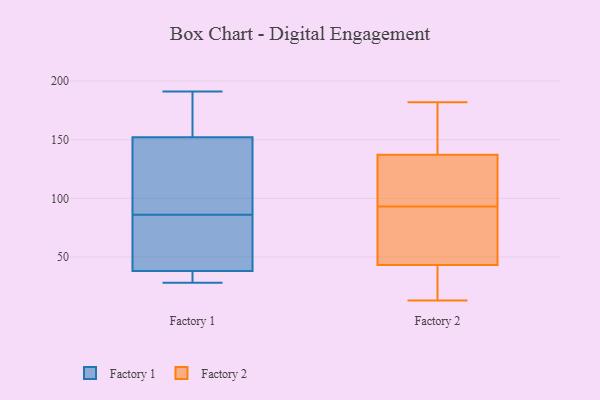
{"axis": {"x": "Website Visitors", "y": "Value"}, "legend": ["Factory 1", "Factory 2"], "data": [{"x": "", "y": 38, "type": "Factory 1"}, {"x": "", "y": 59, "type": "Factory 1"}, {"x": "", "y": 84, "type": "Factory 1"}, {"x": "", "y": 88, "type": "Factory 1"}, {"x": "", "y": 174, "type": "Factory 1"}, {"x": "", "y": 82, "type": "Factory 1"}, {"x": "", "y": 188, "type": "Factory 1"}, {"x": "", "y": 37, "type": "Factory 1"}, {"x": "", "y": 37, "type": "Factory 1"}, {"x": "", "y": 121, "type": "Factory 1"}, {"x": "", "y": 150, "type": "Factory 1"}, {"x": "", "y": 191, "type": "Factory 1"}, {"x": "", "y": 28, "type": "Factory 1"}, {"x": "", "y": 152, "type": "Factory 1"}, {"x": "", "y": 93, "type": "Factory 2"}, {"x": "", "y": 179, "type": "Factory 2"}, {"x": "", "y": 182, "type": "Factory 2"}, {"x": "", "y": 60, "type": "Factory 2"}, {"x": "", "y": 65, "type": "Factory 2"}, {"x": "", "y": 165, "type": "Factory 2"}, {"x": "", "y": 126, "type": "Factory 2"}, {"x": "", "y": 17, "type": "Factory 2"}, {"x": "", "y": 141, "type": "Factory 2"}, {"x": "", "y": 104, "type": "Factory 2"}, {"x": "", "y": 39, "type": "Factory 2"}, {"x": "", "y": 13, "type": "Factory 2"}, {"x": "", "y": 56, "type": "Factory 2"}, {"x": "", "y": 23, "type": "Factory 2"}, {"x": "", "y": 93, "type": "Factory 2"}]}